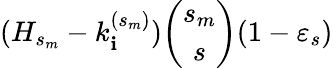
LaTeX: (H_{s_{m}}-k_{\mathbf{i}}^{(s_{m})}){\binom{s_{m}}{s}}(1-\varepsilon_{s})